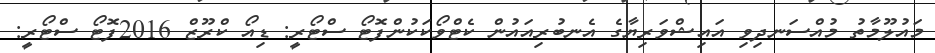
މައުލޫމާތު މުއްސަނދިވި އައިޝްވަރިޔާގެ އެނބުރިއައުން ކެޓްވޯކަކުންފޮޓޯ ސްޓޯރީ: ޑިއޯ ކްރޫޒް 2016ފޮޓޯ ސްޓޯރީ: